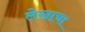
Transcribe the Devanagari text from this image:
लेेखाचा